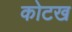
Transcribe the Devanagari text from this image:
कोटख